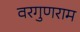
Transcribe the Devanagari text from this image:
वरगुणराम